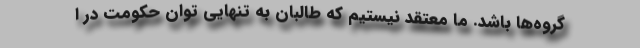
گروه‌ها باشد. ما معتقد نیستیم که طالبان به تنهایی توان حکومت در ا